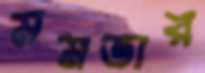
মমতার